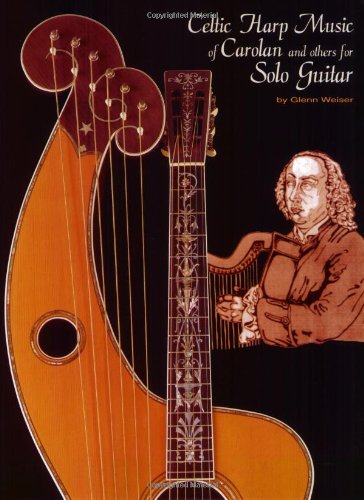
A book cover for Celtic Harp Music of Carolan and Others for Solo Guitar*; Glenn Weiser; Teen & Young Adult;